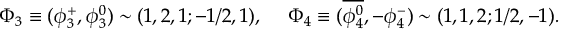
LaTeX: \Phi _ { 3 } \equiv ( \phi _ { 3 } ^ { + } , \phi _ { 3 } ^ { 0 } ) \sim ( 1 , 2 , 1 ; - 1 / 2 , 1 ) , ~ ~ ~ ~ \Phi _ { 4 } \equiv ( \overline { { { \phi _ { 4 } ^ { 0 } } } } , - \phi _ { 4 } ^ { - } ) \sim ( 1 , 1 , 2 ; 1 / 2 , - 1 ) .